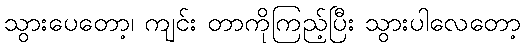
သွားပေတော့၊ ကျင်း တာကိုကြည့်ပြီး သွားပါလေတော့